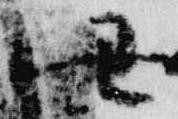
丑